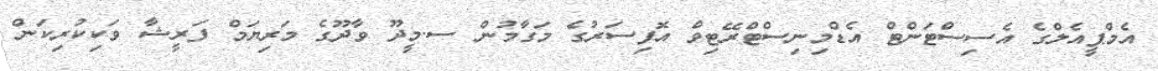
އެމްޕީއެލްގެ އެސިސްޓަންޓް އެޑްމިނިސްޓްރޭޓިވް އޮފިސަރުގެ މަގާމުން ސ.މީދޫ ވާދޫގެ މަރިޔަމް ފަރީޝާ ވަކިކުރިކަން